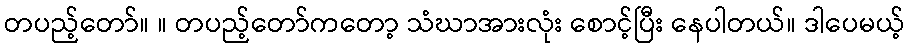
တပည့်တော်။ ။ တပည့်တော်ကတော့ သံဃာအားလုံး စောင့်ပြီး နေပါတယ်။ ဒါပေမယ့်